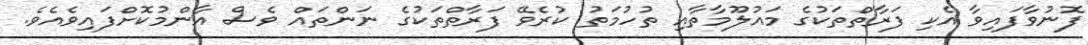
ފޮނުވާފައިވާ އެކި ފަރާތްތަކުގެ މައުލޫމާތާއި ތުހުމަތު ކުރެވޭ ފަރާތްތަކުގެ ނަންތައް ވެސް އާންމުކޮށްފައިވެއެވެ.